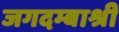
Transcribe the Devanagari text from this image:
जगदम्बाश्री